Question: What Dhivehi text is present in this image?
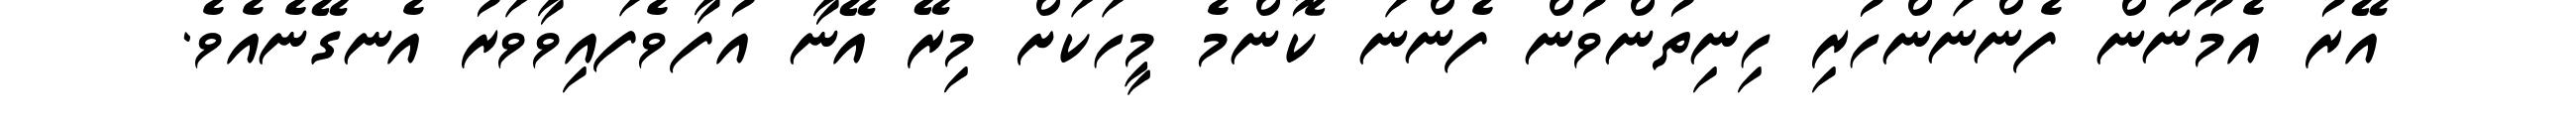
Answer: އޭރު އެމޫނުން ފެންނަންހުރި ހިނިތުންވުން ފެންނަ ކޮންމެ މީހަކަށް މިރޭ އޭނާ އުފާވެފައިވާވަރު އެނގޭނެއެވެ.